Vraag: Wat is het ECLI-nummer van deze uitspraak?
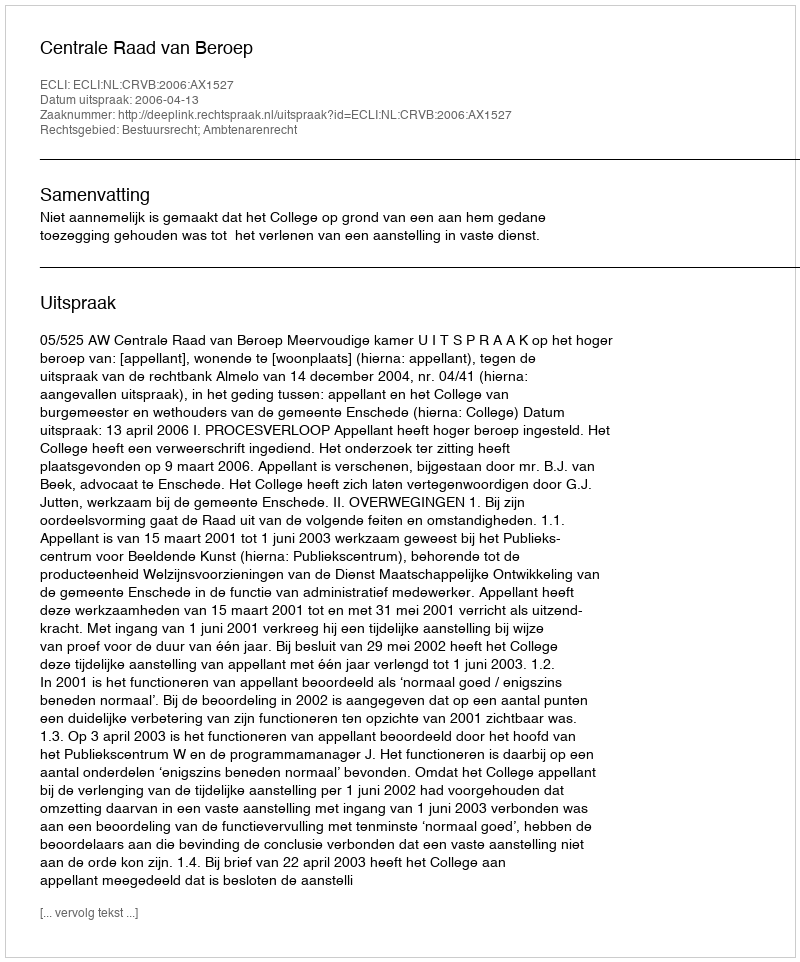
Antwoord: ECLI:NL:CRVB:2006:AX1527